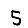
Digit: 5